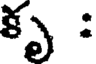
కృ :